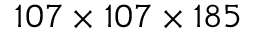
1 0 7 \times 1 0 7 \times 1 8 5